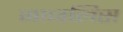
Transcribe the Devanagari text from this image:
माजलिस